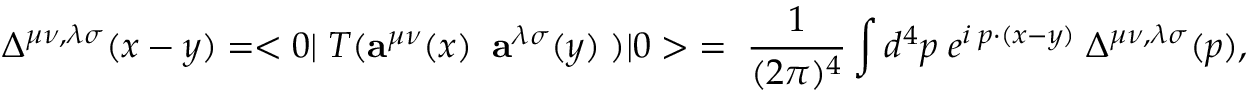
\Delta ^ { \mu \nu , \lambda \sigma } ( x - y ) = < 0 | \; T ( { \bf a } ^ { \mu \nu } ( x ) \; \; { \bf a } ^ { \lambda \sigma } ( y ) \; ) | 0 > \; = \; \frac { 1 } { ( 2 \pi ) ^ { 4 } } \int d ^ { 4 } p \; e ^ { i \; p \cdot ( x - y ) } \; \Delta ^ { \mu \nu , \lambda \sigma } ( p ) ,